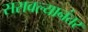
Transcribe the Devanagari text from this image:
सरावल्यानंतर